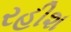
રહીશ